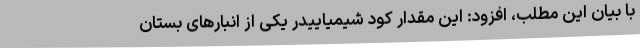
با بیان این مطلب، افزود: این مقدار کود شیمیاییدر یکی از انبارهای بستان